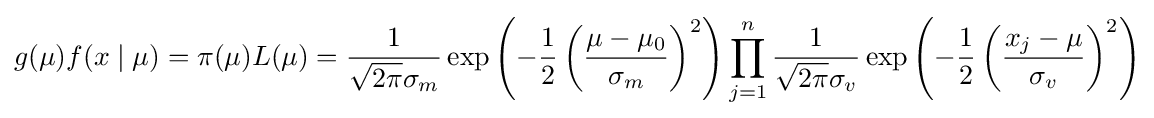
g(\mu )f(x\mid \mu )=\pi (\mu )L(\mu )={\frac {1}{{\sqrt {2\pi }}\sigma _{m}}}\exp \left(-{\frac {1}{2}}\left({\frac {\mu -\mu _{0}}{\sigma _{m}}}\right)^{2}\right)\prod _{j=1}^{n}{\frac {1}{{\sqrt {2\pi }}\sigma _{v}}}\exp \left(-{\frac {1}{2}}\left({\frac {x_{j}-\mu }{\sigma _{v}}}\right)^{2}\right)